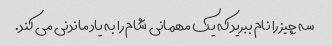
سه چیز را نام ببرید که یک مهمانی شام را به یاد ماندنی می کند.